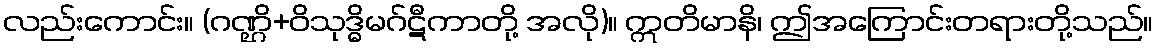
လည်းကောင်း။ (ဂဏ္ဌိ+ဝိသုဒ္ဓိမဂ်ဋီကာတို့ အလို)။ ဣတိမာနိ၊ ဤအကြောင်းတရားတို့သည်။